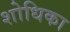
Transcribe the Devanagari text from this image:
शोधिका